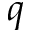
q